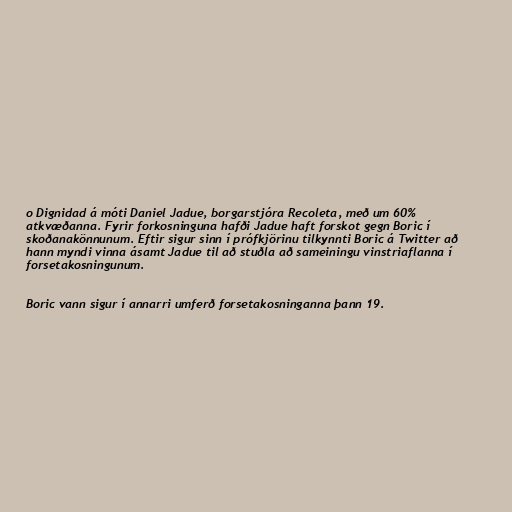
o Dignidad á móti Daniel Jadue, borgarstjóra Recoleta, með um 60%
atkvæðanna. Fyrir forkosninguna hafði Jadue haft forskot gegn Boric í
skoðanakönnunum. Eftir sigur sinn í prófkjörinu tilkynnti Boric á Twitter að
hann myndi vinna ásamt Jadue til að stuðla að sameiningu vinstriaflanna í
forsetakosningunum.

Boric vann sigur í annarri umferð forsetakosninganna þann 19.